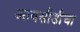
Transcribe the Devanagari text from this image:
आयसीडीचा